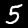
Digit: 5